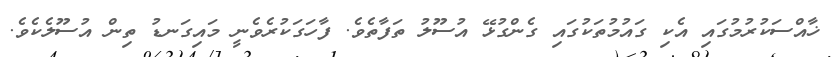
ޚާއްސަކުރުމުގައި އެކި ގައުމުތަކުގައި ގެންގުޅޭ އުސޫލު ތަފާތެވެ. ފާހަގަކުރެވެނީ މައިގަނޑު ތިން އުސޫލެކެވެ.